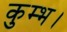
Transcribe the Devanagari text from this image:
कुम्भ।